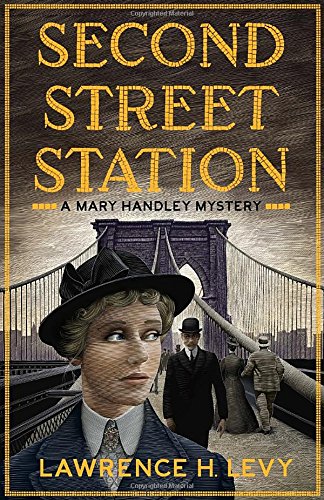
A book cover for Second Street Station: A Mary Handley Mystery; Lawrence H. Levy; Literature & Fiction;